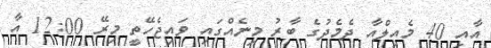
އާއި 40 މެއިލްއާ ދެމެދުގެ ބާރު މިނެއްގައި ވައިޖެހޭތީ މިރޭ 12:00 އާ